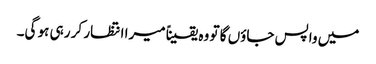
میں واپس جاؤں گا تو وہ یقیناً میرا انتظار کر رہی ہو گی۔